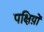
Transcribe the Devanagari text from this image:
पक्षिय़ों